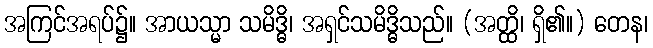
အကြင်အရပ်၌။ အာယသ္မာ သမိဒ္ဓိ၊ အရှင်သမိဒ္ဓိသည်။ (အတ္ထိ၊ ရှိ၏။) တေန၊